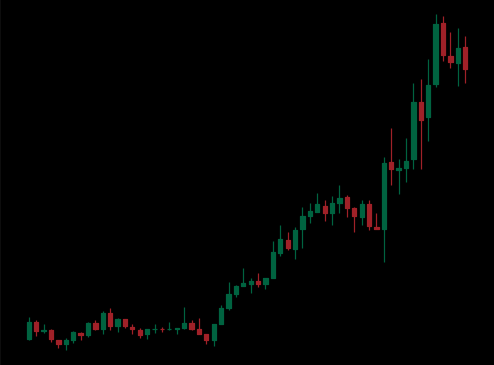
Pattern: unclassified